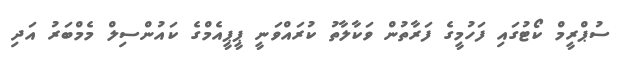
ސުޕްރީމް ކޯޓުގައި ފަހުމީގެ ފަރާތުން ވަކާލާތު ކުރައްވަނީ ޕީޕީއެމްގެ ކައުންސިލް މެމްބަރު އަދި